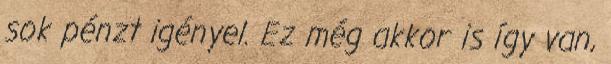
sok pénzt igényel. Ez még akkor is így van,